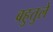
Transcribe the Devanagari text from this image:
बहुतुले